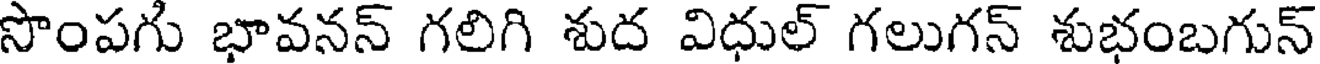
సొంపగు భావనన్ గలిగి శుద విధుల్ గలుగన్ శుభంబగున్